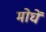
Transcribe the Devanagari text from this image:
मोघें